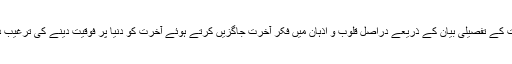
مراحلِ آخرت کے تفصیلی بیان کے ذریعے دراصل قلوب و اَذہان میں فکرِ آخرت جاگزیں کرتے ہوئے آخرت کو دنیا پر فوقیت دینے کی ترغیب دی گئی ہے۔